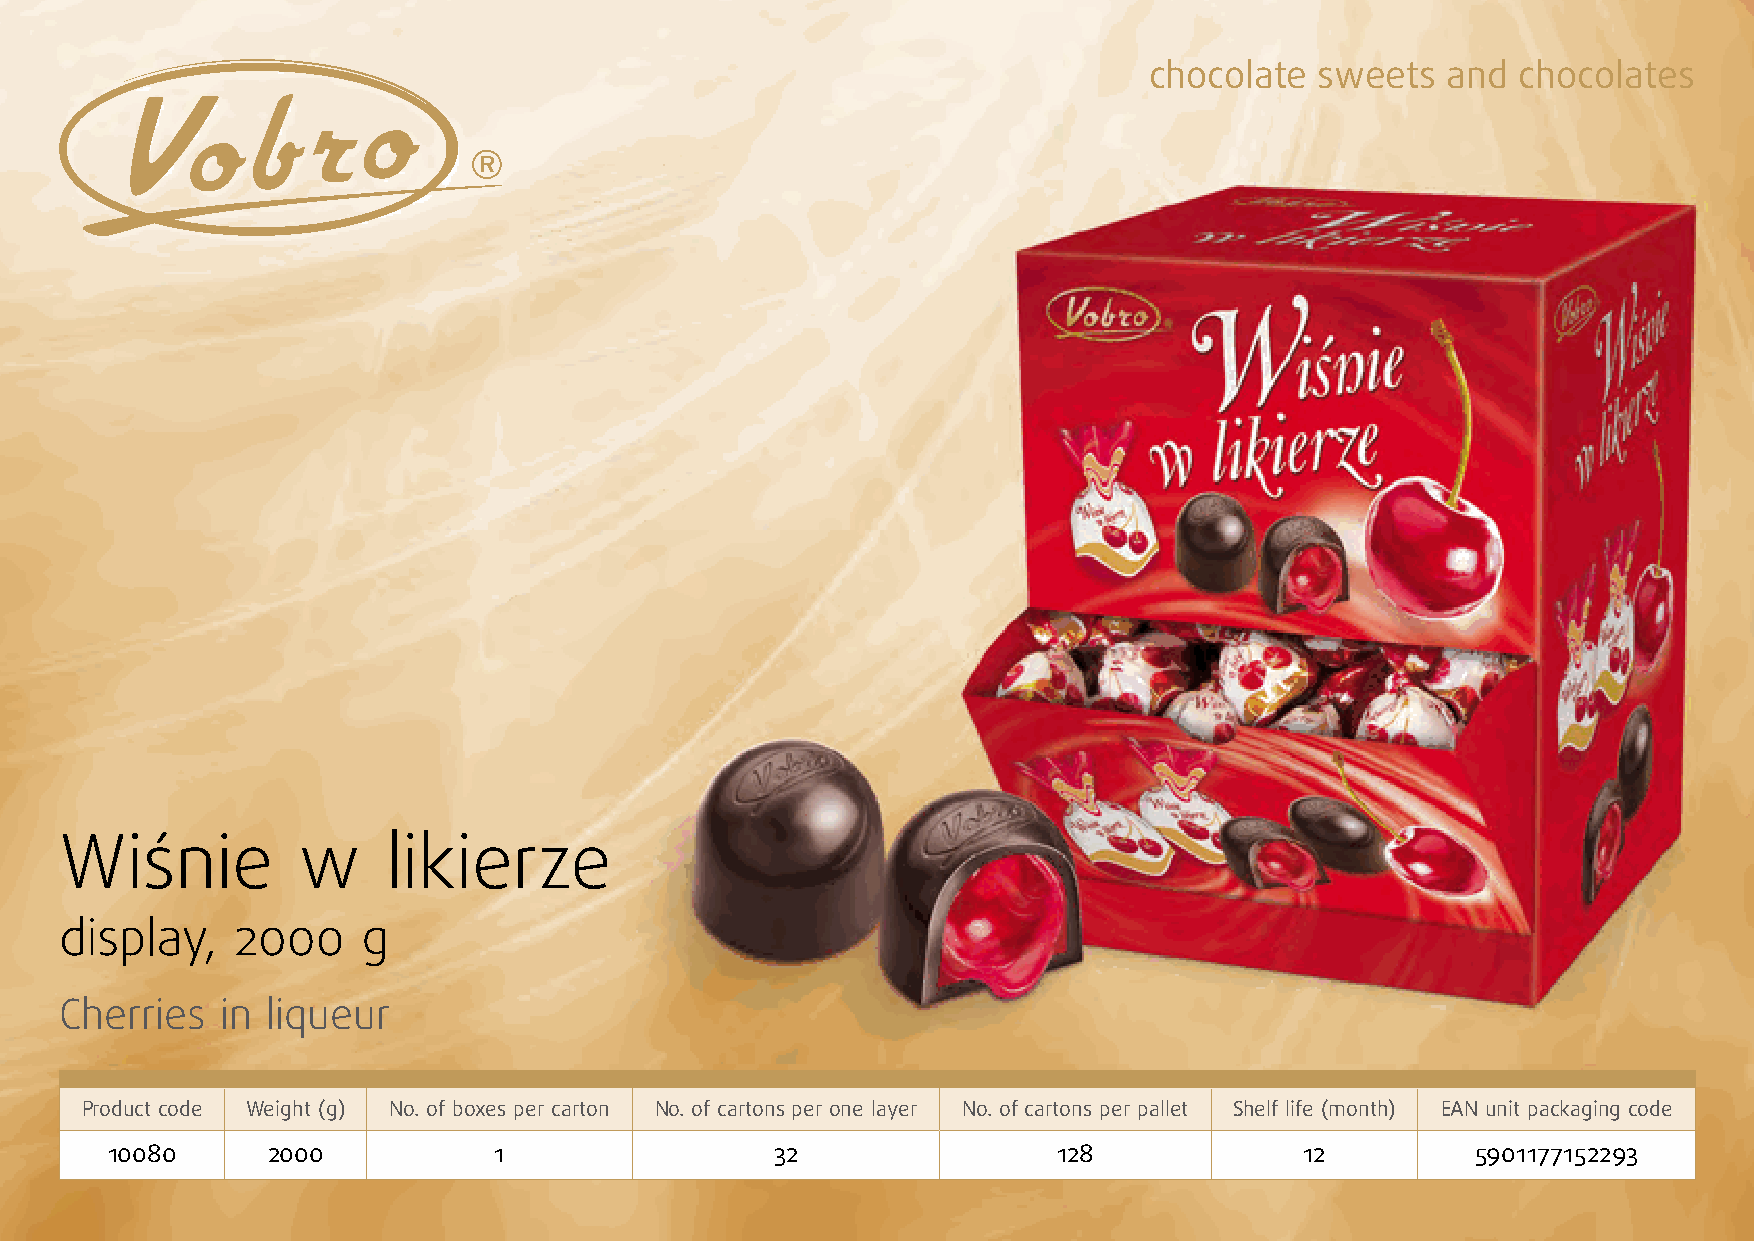
chocolate  sweets   and  chocolates
 Wiśnie          w     likierze
 display,   2000     g
 Cherries   in liqueur
 Product code Weight (g) No. of boxes per carton No. of cartons per one layer No. of cartons per pallet Shelf life (month) EAN unit packaging code
 10080      2000           1                 32                 128             12          5901177152293